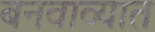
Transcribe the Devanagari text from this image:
बनवाव्यात